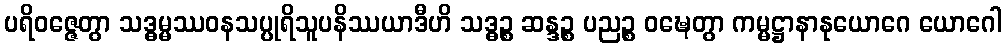
ပရိဝဇ္ဇေတွာ သဒ္ဓမ္မဿဝနသပ္ပုရိသူပနိဿယာဒီဟိ သဒ္ဓဉ္စ ဆန္ဒဉ္စ ပညဉ္စ ဝဍ္ဎေတွာ ကမ္မဋ္ဌာနာနုယောဂေ ယောဂေါ